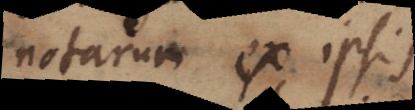
notarum ex ipsis